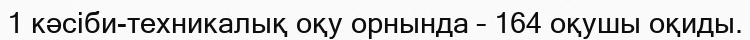
1 кәсіби-техникалық оқу орнында – 164 оқушы оқиды.